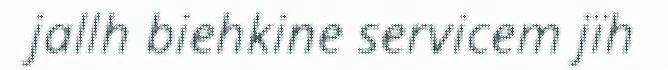
jallh biehkine servicem jïh